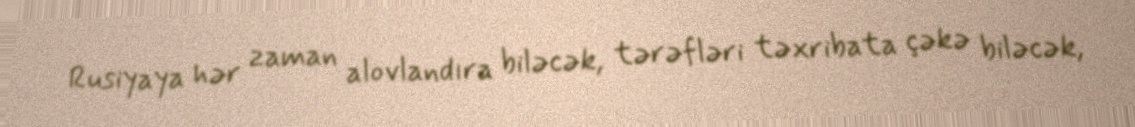
Rusiyaya hər zaman alovlandıra biləcək, tərəfləri təxribata çəkə biləcək,